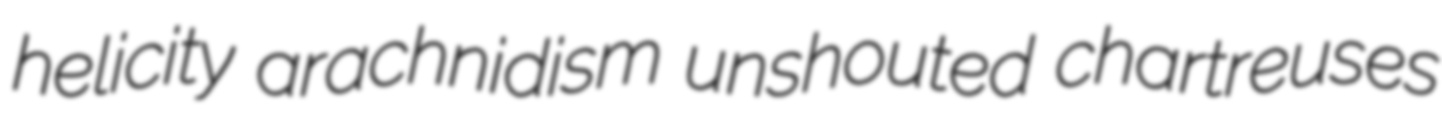
helicity arachnidism unshouted chartreuses